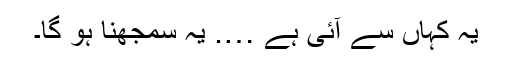
یہ کہاں سے آئی ہے …. یہ سمجھنا ہو گا۔